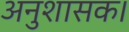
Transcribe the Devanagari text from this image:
अनुशासक।